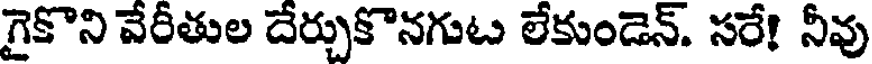
గైకొని వేరీతుల దేర్చుకొనగుట లేకుండెన్. సరే! నీవు